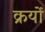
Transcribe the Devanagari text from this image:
क्रयों